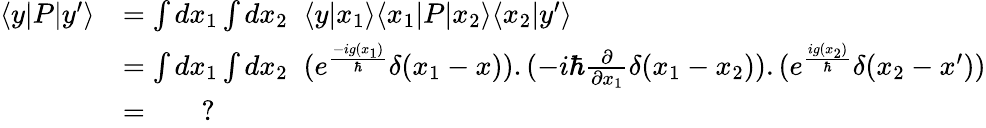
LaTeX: \begin{array}{rl}{\langle y|P|y^{\prime}\rangle}&{=\int dx_{1}\int dx_{2}\; \; \langle y|x_{1}\rangle\langle x_{1}|P|x_{2}\rangle\langle x_{2}|y^{\prime}\rangle}\\ &{=\int dx_{1}\int dx_{2}\; \; (e^{\frac{-ig(x_{1})}{\hbar}}\delta(x_{1}-x)).(-i\hbar\frac{\partial}{\partial x_{1}}\delta(x_{1}-x_{2})).(e^{\frac{ig(x_{2})}{\hbar}}\delta(x_{2}-x^{\prime}))}\\ &{=\qquad?}\end{array}